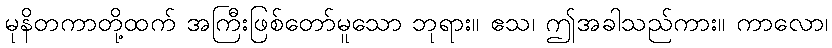
မုနိတကာတို့ထက် အကြီးဖြစ်တော်မူသော ဘုရား။ ဧသ၊ ဤအခါသည်ကား။ ကာလော၊